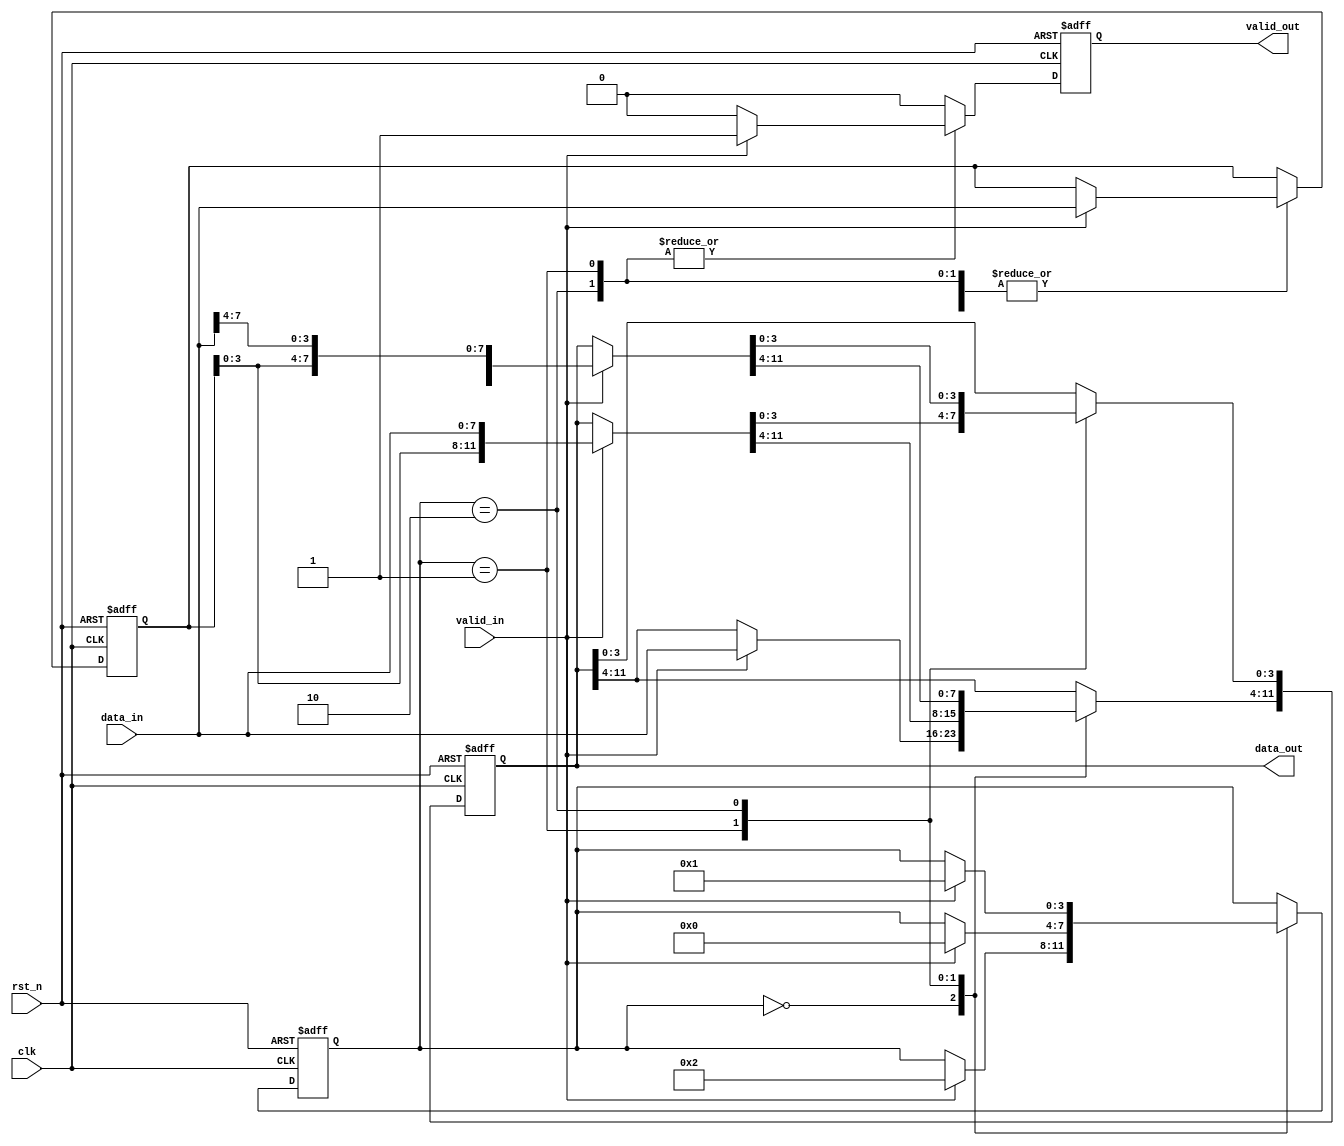
`timescale 1ns/1ns

module width_8to12(
    input           clk,
    input           rst_n,
    input           valid_in,
    input  [7:0]    data_in,
 
    output wire          valid_out,
    output wire [11:0]   data_out
);
    localparam  ST_0 = 4'h0,
                ST_4 = 4'h1,
                ST_8 = 4'h2;
    localparam IN_WIDTH = 8;
    localparam OUT_WIDTH = 12;
    localparam ST_WIDTH = 4;
    reg [IN_WIDTH-1:0] data_in_reg = {IN_WIDTH{1'b0}}, data_in_next;
    reg [OUT_WIDTH-1:0] data_out_reg = {OUT_WIDTH{1'b0}}, data_out_next;
    reg [ST_WIDTH-1:0] state_reg = ST_0, state_next;
    reg valid_out_reg = 1'b0, valid_out_next;
    assign valid_out = valid_out_reg;
    assign data_out = data_out_reg;
    always @(*) begin
        valid_out_next = 1'b0;
        data_in_next = data_in_reg;
        data_out_next = data_out_reg;
        state_next = state_reg;
        case (state_reg)
            ST_0: begin
                if (valid_in) begin
                    data_out_next[OUT_WIDTH-1-:8] = data_in;
                    data_in_next = data_in;
                    valid_out_next = 1'b0;
                    state_next = ST_8;
                end
            end
            ST_4: begin
                if (valid_in) begin
                    data_out_next = {data_in_reg[3:0], data_in};
                    data_in_next = data_in;
                    valid_out_next = 1'b1;
                    state_next = ST_0;
                end
            end
            ST_8: begin
                if (valid_in) begin
                    data_out_next = {data_in_reg, data_in[7:4]};
                    data_in_next = data_in;
                    valid_out_next = 1'b1;
                    state_next = ST_4;
                end
            end
            default: begin
                
            end
        endcase
    end

    always @(posedge clk or negedge rst_n) begin
        if (~rst_n) begin
            valid_out_reg <= 1'b0;
            data_in_reg <= {IN_WIDTH{1'b0}};
            data_out_reg <= {OUT_WIDTH{1'b0}};
            state_reg <= {ST_WIDTH{1'b0}};
        end else begin
            valid_out_reg <= valid_out_next;
            data_in_reg <= data_in_next;
            data_out_reg <= data_out_next;
            state_reg <= state_next;
        end
    end

endmodule